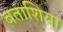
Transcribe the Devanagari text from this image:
बताशिया